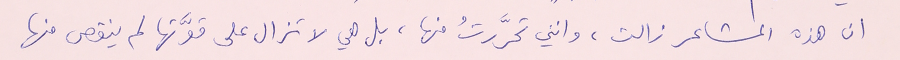
ان هذه المشاعر زالت، وانني تحرَّرتُ منها، بل هي لا تزال على قوَّتها لم ينقص منها